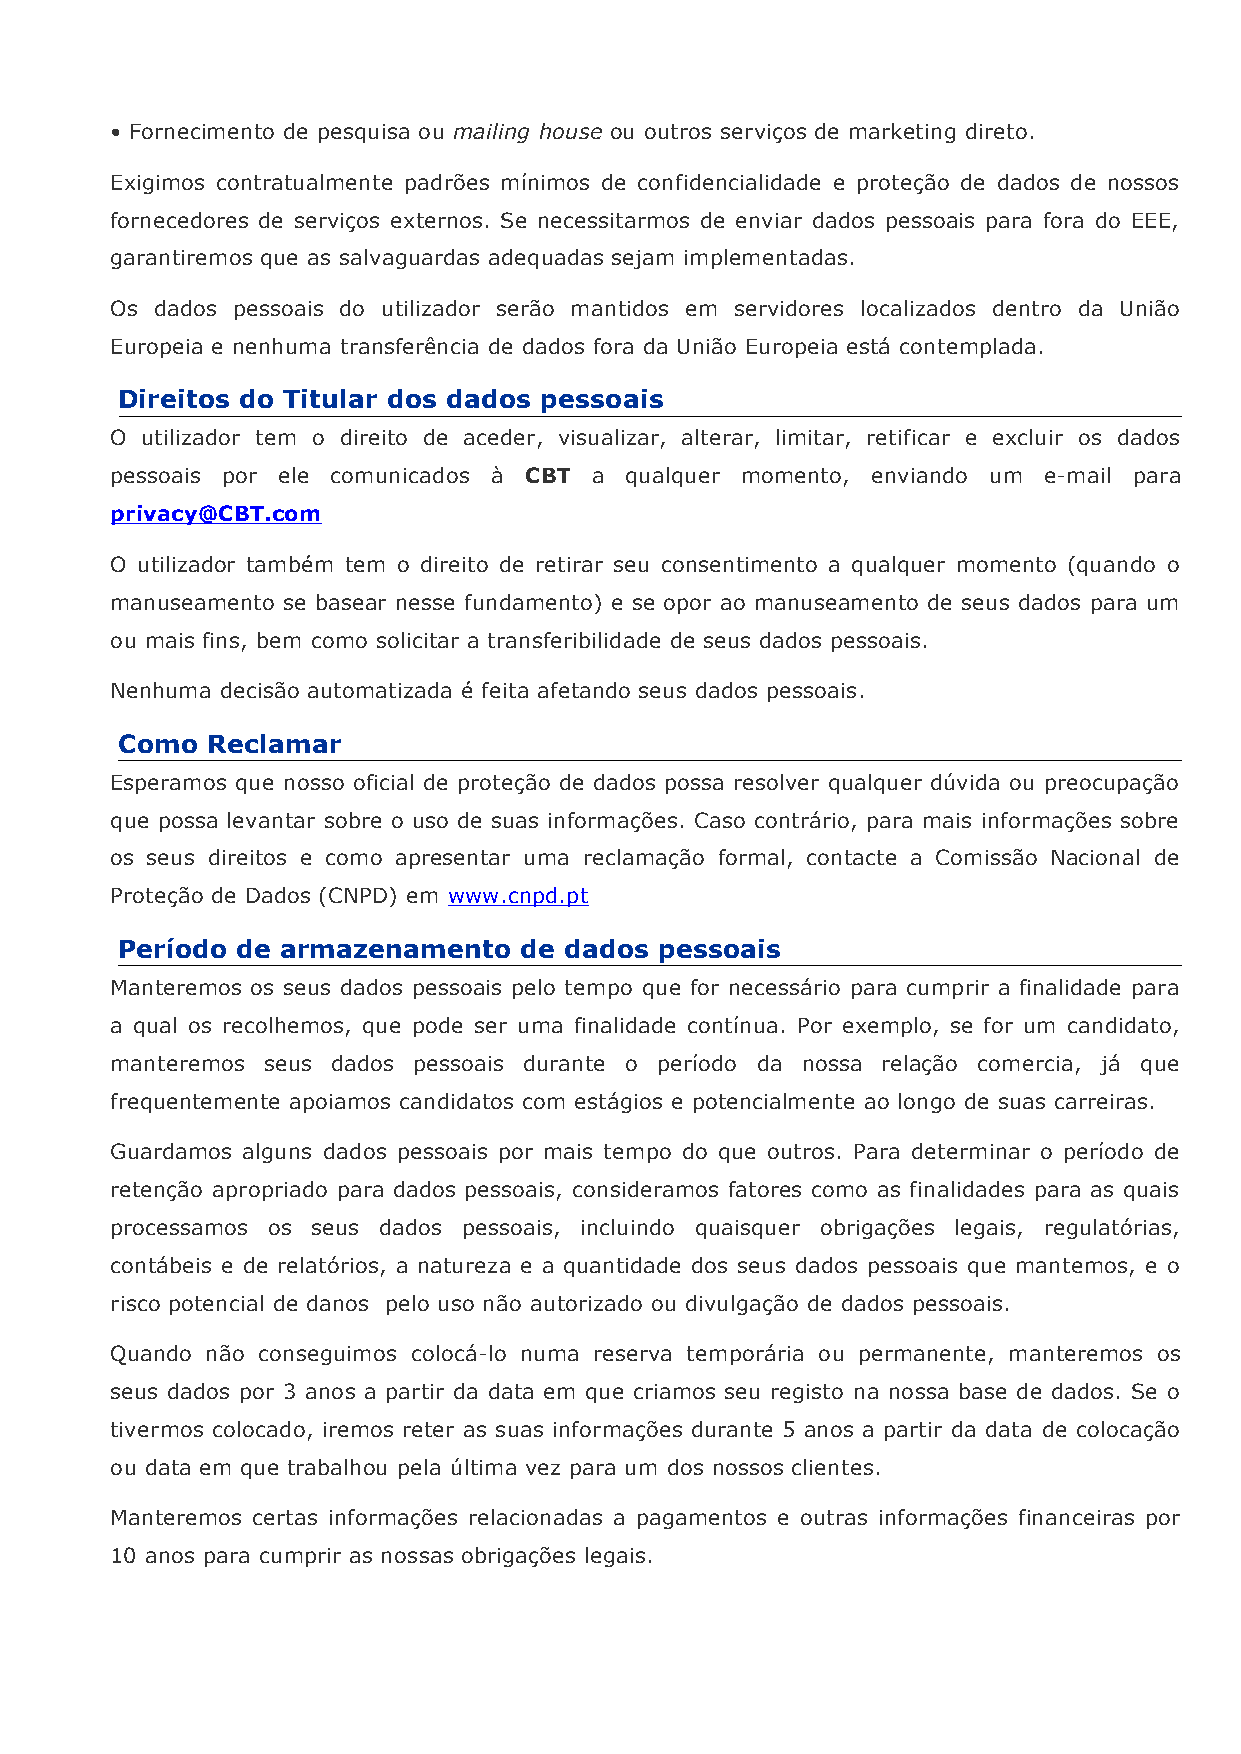
• Fornecimento de pesquisa ou mailing house ou outros serviços de marketing direto.
 Exigimos contratualmente padrões mínimos de confidencialidade e proteção de dados de nossos
 fornecedores de serviços externos. Se necessitarmos de enviar dados pessoais para fora do EEE,
 garantiremos que as salvaguardas adequadas sejam implementadas.
 Os dados pessoais do utilizador serão mantidos em servidores localizados dentro da União
 Europeia e nenhuma transferência de dados fora da União Europeia está contemplada.
 Direitos do Titular dos dados pessoais
 O utilizador tem o direito de aceder, visualizar, alterar, limitar, retificar e excluir os dados
 pessoais por ele comunicados à CBT a qualquer momento, enviando um e-mail para
 privacy@CBT.com
 O utilizador também tem o direito de retirar seu consentimento a qualquer momento (quando o
 manuseamento se basear nesse fundamento) e se opor ao manuseamento de seus dados para um
 ou mais fins, bem como solicitar a transferibilidade de seus dados pessoais.
 Nenhuma decisão automatizada é feita afetando seus dados pessoais.
 Como  Reclamar
 Esperamos que nosso oficial de proteção de dados possa resolver qualquer dúvida ou preocupação
 que possa levantar sobre o uso de suas informações. Caso contrário, para mais informações sobre
 os seus direitos e como apresentar uma reclamação formal, contacte a Comissão Nacional de
 Proteção de Dados (CNPD) em www.cnpd.pt
 Período de armazenamento  de dados  pessoais
 Manteremos os seus dados pessoais pelo tempo que for necessário para cumprir a finalidade para
 a qual os recolhemos, que pode ser uma finalidade contínua. Por exemplo, se for um candidato,
 manteremos seus dados pessoais durante o período da nossa relação comercia, já que
 frequentemente apoiamos candidatos com estágios e potencialmente ao longo de suas carreiras.
 Guardamos alguns dados pessoais por mais tempo do que outros. Para determinar o período de
 retenção apropriado para dados pessoais, consideramos fatores como as finalidades para as quais
 processamos os seus dados pessoais, incluindo quaisquer obrigações legais, regulatórias,
 contábeis e de relatórios, a natureza e a quantidade dos seus dados pessoais que mantemos, e o
 risco potencial de danos pelo uso não autorizado ou divulgação de dados pessoais.
 Quando não conseguimos colocá-lo numa reserva temporária ou permanente, manteremos os
 seus dados por 3 anos a partir da data em que criamos seu registo na nossa base de dados. Se o
 tivermos colocado, iremos reter as suas informações durante 5 anos a partir da data de colocação
 ou data em que trabalhou pela última vez para um dos nossos clientes.
 Manteremos certas informações relacionadas a pagamentos e outras informações financeiras por
 10 anos para cumprir as nossas obrigações legais.